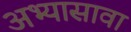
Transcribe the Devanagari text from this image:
अभ्यासावा